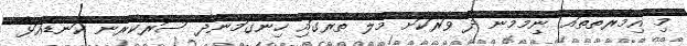
މި އިމާރާތްތައް ނިމެމުން ދާ ވަރަކަށް މާލެ ތެރޭގައި ހިންގަމުންދާ ސަރުކާރުން ކަނޑައަޅާ